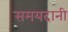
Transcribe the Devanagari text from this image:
समयदानी